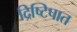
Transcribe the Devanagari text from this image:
द्रिष्टिपात